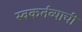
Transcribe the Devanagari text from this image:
स्वकर्तव्याची